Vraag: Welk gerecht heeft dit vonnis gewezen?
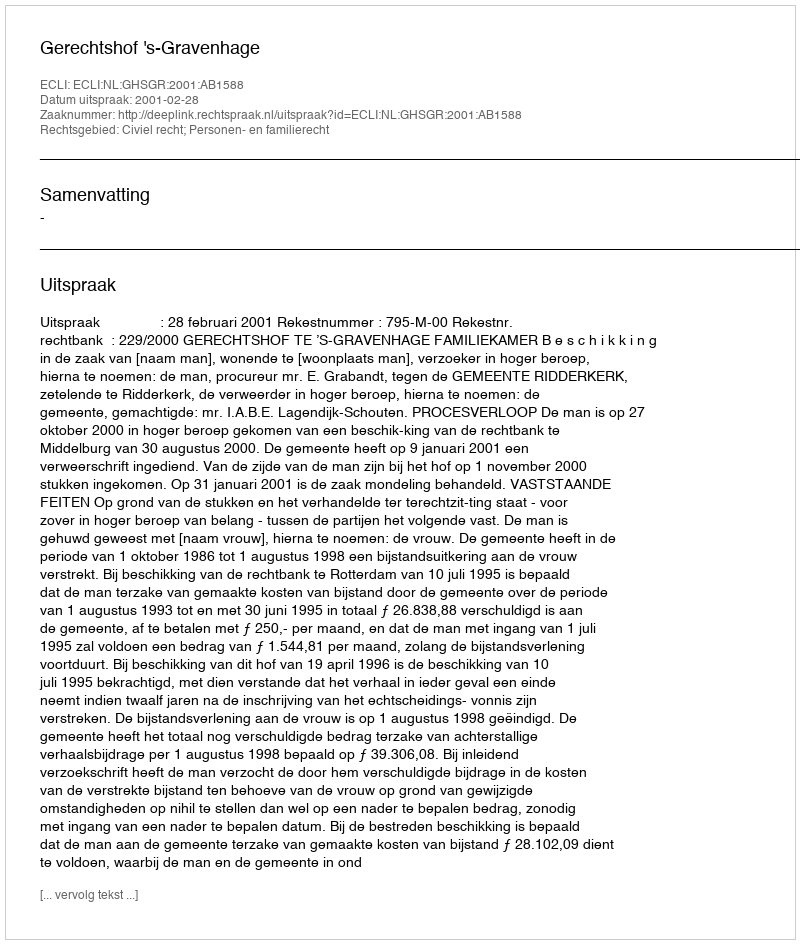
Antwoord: Gerechtshof 's-Gravenhage